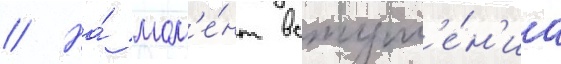
// На́ мом'е́нт вступл'е́н'иа